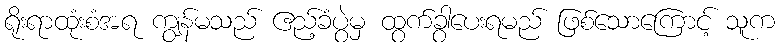
ရိုးရာထုံးစံအရ ကျွန်မသည် ဧည့်ခံပွဲမှ ထွက်ခွာပေးရမည် ဖြစ်သောကြောင့် သူက